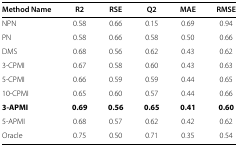
| Method Name | R2 | RSE | Q2 | MAE | RMSE |
 | --- | --- | --- | --- | --- | --- |
 | NPN | 0.58 | 0.66 | 0.15 | 0.69 | 0.94 |
 | PN | 0.58 | 0.66 | 0.58 | 0.50 | 0.66 |
 | DMS | 0.68 | 0.56 | 0.62 | 0.43 | 0.62 |
 | 3-CPMI | 0.67 | 0.58 | 0.60 | 0.43 | 0.63 |
 | 5-CPMI | 0.66 | 0.59 | 0.59 | 0.44 | 0.65 |
 | 10-CPMI | 0.65 | 0.60 | 0.57 | 0.44 | 0.66 |
 | 3-APMI | 0.69 | 0.56 | 0.65 | 0.41 | 0.60 |
 | 5-APMI | 0.68 | 0.57 | 0.62 | 0.42 | 0.62 |
 | Oracle | 0.75 | 0.50 | 0.71 | 0.35 | 0.54 |